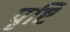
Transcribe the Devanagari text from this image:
पृष्टि